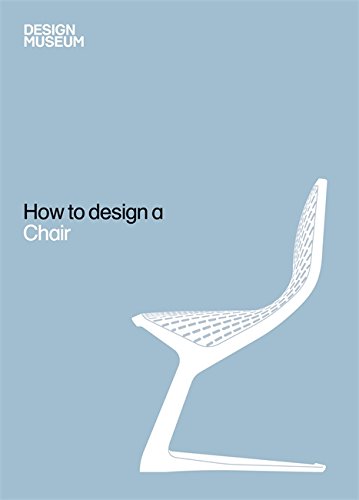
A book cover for How To Design a Chair; Design Museum; Arts & Photography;